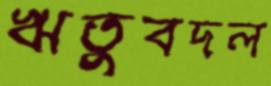
ঋতুবদল